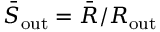
\bar { S } _ { \mathrm { o u t } } = \bar { R } / R _ { \mathrm { o u t } }